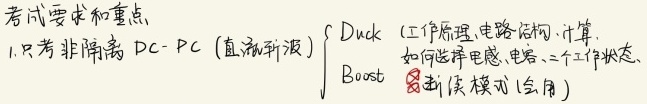
考试要求和重点：
1. 只考非隔离DC - DC（直流斩波）
$\begin{cases}
\text{Duck } （工作原理、电路结构、计算，如何选择电感、电容、三个工作状态） \\
\text{Boost } （临界连续模式(应用)）
\end{cases}$